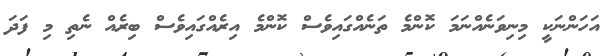
އަހަންނަކީ މިނިވަނެއްނަމަ ކޮންމެ ތަނެއްގައިވެސް ކޮންމެ އިރެއްގައިވެސް ބިރެއް ނެތި މި ފަދަ